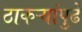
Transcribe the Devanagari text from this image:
ठाकऱ्यांपुढे